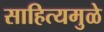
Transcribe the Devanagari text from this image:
साहित्यमुळे